Report on vaccination in the Province of Bengal - 1874-1889
Year: 1874
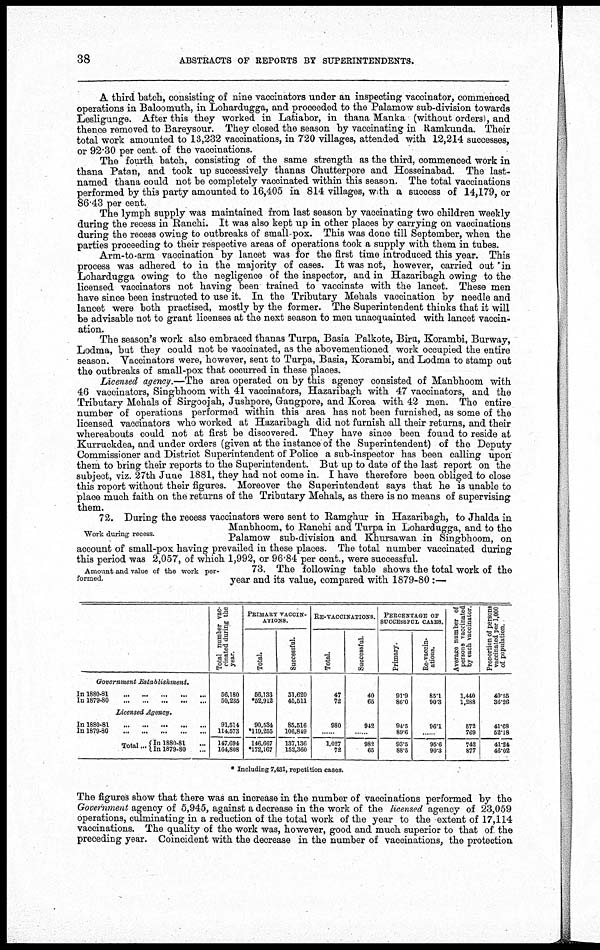
38
ABSTRACTS OF REPORTS BY SUPERINTENDENTS.
A third batch, consisting of nine vaccinators under an inspecting vaccinator, commenced
operations in Baloomuth, in Lohardugga, and proceeded to the Palamow sub-division towards
Lesligunge. After this they worked in Latiabor, in thana Manka (without orders), and
thence removed to Bareysour. They closed the season by vaccinating in Ramkunda. Their
total work amounted to 13,232 vaccinations, in 720 villages, attended with 12,214 successes,
or 92.30 per cent of the vaccinations.
The fourth batch, consisting of the same strength as the third, commenced work in
thana Patan, and took up successively thanas Chutterpore and Hosseinabad. The last-
named thana could not be completely vaccinated within this season. The total vaccinations
performed by this party amounted to 16,405 in 814 villages, with a success of 14,179, or
86.43 per cent.
The lymph supply was maintained from last season by vaccinating two children weekly
during the recess in Ranchi. It was also kept up in other places by carrying on vaccinations
during the recess owing to outbreaks of small-pox. This was done till September, when the
parties proceeding to their respective areas of operations took a supply with them in tubes.
Arm-to-arm vaccination by lancet was for the first time introduced this year. This
process was adhered to in the majority of cases. It was not, however, carried out in
Lohardugga owing to the negligence of the inspector, and in Hazaribagh owing to the
licensed vaccinators not having been trained to vaccinate with the lancet. These men
have since been instructed to use it. In the Tributary Mehals vaccination by needle and
lancet were both practised, mostly by the former. The Superintendent thinks that it will
be advisable not to grant licenses at the next season to men unacquainted with lancet vaccin-
ation.
The season's work also embraced thanas Turpa, Basia Palkote, Biru, Korambi, Burway,
Lodma, but they could not be vaccinated, as the abovementioned work occupied the entire
season. Vaccinators were, however, sent to Turpa, Basia, Korambi, and Lodma to stamp out
the outbreaks of small-pox that occurred in these places.
Licensed agency.—The area operated on by this agency consisted of Manbhoom with
46 vaccinators, Singbhoom with 41 vaccinators, Hazaribagh with 47 vaccinators, and the
Tributary Mehals of Sirgoojah, Jushnore, Gangpore, and Korea with 42 men. The entire
number of operations performed within this area has not been furnished, as some of the
licensed vaccinators who worked at Hazaribagh did not furnish all their returns, and their
whereabouts could not at first be discovered. They have since been found to reside at
Kurruckdea, and under orders (given at the instance of the Superintendent) of the Deputy
Commissioner and District Superintendent of Police a sub-inspector has been calling upon
them to bring their reports to the Superintendent. But up to date of the last report on the
subject, viz. 27th June 1881, they had not come in. I have therefore been obliged to close
this report without their figures. Moreover the Superintendent says that he is unable to
place much faith on the returns of the Tributary Mehals, as there is no means of supervising
them.
Work during recess.
72. During the recess vaccinators were sent to Ramghur in Hazaribagh, to Jhalda in
Manbhoom, to Ranchi and Turpa in Lohardugga, and to the
Palamow sub-division and Khursawan in Singbhoom, on
account of small-pox having prevailed in these places. The total number vaccinated during
this period was 2,057, of which 1,992, or 96.84 per cent., were successful.
Amount and value of the work per¬
formed.
73. The following table shows the total work of the
year and its value, compared with 1879-80 :—
Government
Establishment.
In 1880-81
...
...
In
1879-80...
...
Licensed Agency.
In
1880-81...
...
...
In
1879-80...
...
Total... In 1880-81... ...
In 1879-80... ...
Total number vac-
cinated during the
year.
66,180
50,235
91,514
114,573
147,694
164,808
PRIMARY VACCIN-
ATIONS.
Total.
56,133
*52,912
90,534
*119,255
146,667
*172,167
Successful.
51,620
45,611
85,516
106,849
137,136
152,360
RE-VACCINATIONS.
Total.
47
72
980
......
1,027
72
Successful.
40
65
942
982
65
PERCENTAGE OF
SUCCESSFUL CASES.
Primary.
91.9
86.0
94.5
89.6
93.5
88.5
Re-vaccin-
ations.
85.1
90.3
96.1
......
95.6
90.3
Average number of
persons vaccinated
by each vaccinator.
1,440
1,288
572
769
742
877
Proportion of persons
vaccinated per 1,000
of population.
40.55
36.26
41.68
52.18
41.24
46.02
* Including 7,431, repetition cases.
The figures show that there was an increase in the number of vaccinations performed by the
Government agency of 5,945, against a decrease in the work of the licensed agency of 23,059
operations, culminating in a reduction of the total work of the year to the extent of 17,114
vaccinations. The quality of the work was, however, good and much superior to that of the
preceding year. Coincident with the decrease in the number of vaccinations, the protection